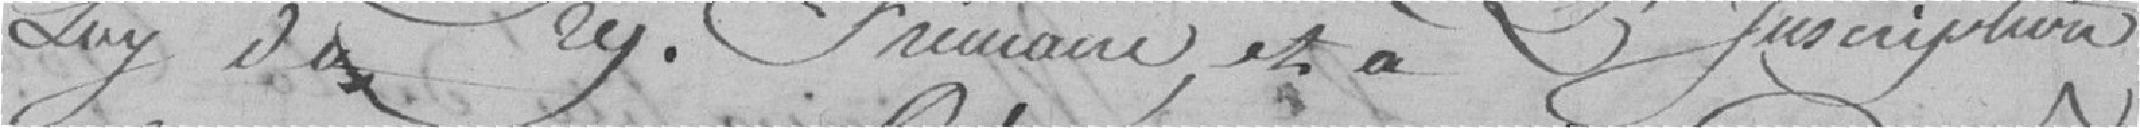
loi du 29 Frimaire, et à l'inscription